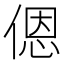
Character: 𫣆